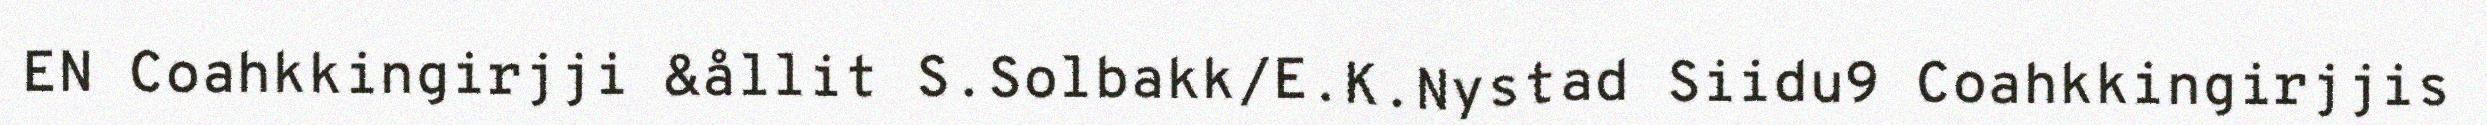
EN Coahkkingirjji &ållit S.Solbakk/E.K.Nystad Siidu9 Coahkkingirjjis